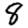
Digit: 8